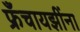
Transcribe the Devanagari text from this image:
फ्रँचायझींना